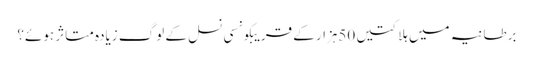
برطانیہ میں ہلاکتیں 50ہزار کے قریبکونسی نسل کے لوگ زیادہ متاثر ہوئے؟